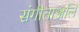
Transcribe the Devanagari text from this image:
संगीताञ्जलि